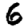
Digit: 6